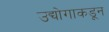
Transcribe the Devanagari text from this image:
उद्योगाकडून